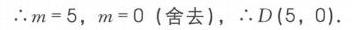
\(\therefore m = 5\)，\(m = 0\)（舍去），\(\therefore D(5,0)\)。